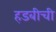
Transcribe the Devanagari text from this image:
हडबीची